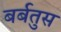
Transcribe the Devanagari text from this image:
बर्बतुस